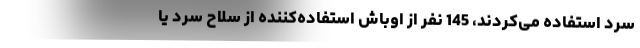
سرد استفاده می‌کردند، 145 نفر از اوباش استفاده‌کننده از سلاح سرد یا